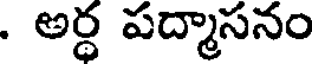
. అర్ధ పద్మాసనం